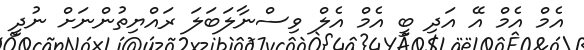
އެމް އެމް އޭ އަދި ބީ އެމް އެލް ވިސްނާލަބަލަ ރައްޔިތުންނަށް ނުދީ